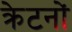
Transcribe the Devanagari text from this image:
क्रेटनों